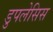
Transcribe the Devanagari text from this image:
डुपलेसिस